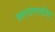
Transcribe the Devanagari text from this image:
हस्तांणतरित